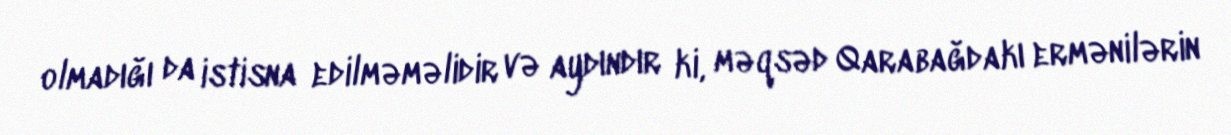
olmadığı da istisna edilməməlidir və aydındır ki, məqsəd Qarabağdakı ermənilərin